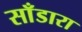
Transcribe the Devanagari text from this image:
साँडारा